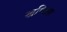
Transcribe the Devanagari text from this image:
खण्डिता